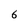
Character: 6